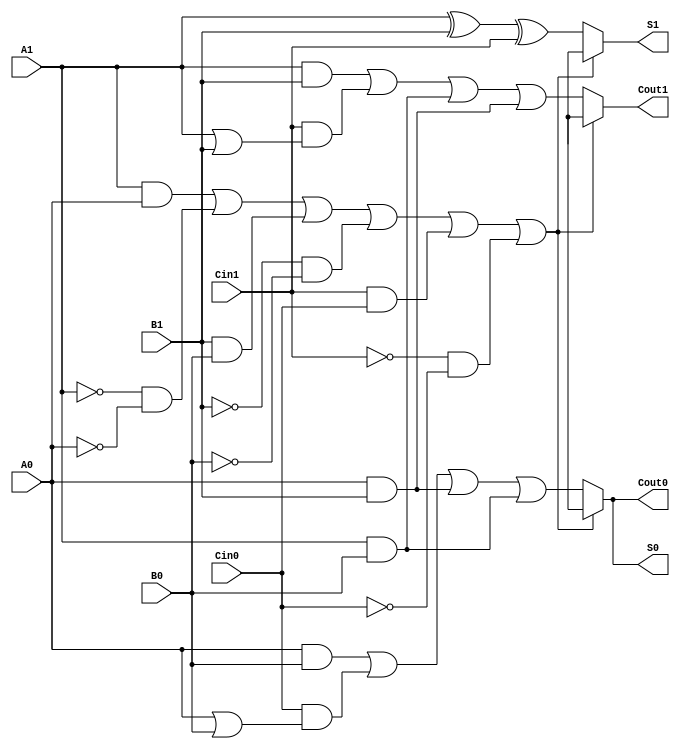
module dual_rail_full_adder (
    input  wire A1, A0,   // Dual-rail representation of input A
    input  wire B1, B0,   // Dual-rail representation of input B
    input  wire Cin1, Cin0,// Dual-rail representation of carry-in
    output reg  S1, S0,   // Dual-rail representation of sum output
    output reg  Cout1, Cout0 // Dual-rail representation of carry-out output
);
    
    always @(*) begin
        // Initialize outputs to invalid state (both wires low)
        S1 = 1'bx; S0 = 1'bx;
        Cout1 = 1'bx; Cout0 = 1'bx;

        // Check for invalid states in inputs
        if ((A1 && A0) || (!A1 && !A0) || (B1 && B0) || (!B1 && !B0) || (Cin1 && Cin0) || (!Cin1 && !Cin0)) begin
            // Invalid state detected, outputs remain in invalid state
            S1 = 1'bx; S0 = 1'bx;
            Cout1 = 1'bx; Cout0 = 1'bx;
        end else begin
            // Valid states: Compute the sum and carry-out based on the equations
            // Sum Output (S)
            S1 = A1 ^ B1 ^ Cin1; // S1 = A1 XOR B1 XOR Cin1
            S0 = (A0 & B0) | (Cin0 & (A0 | B0)) | (A0 & B1) | (A1 & B0); // S0 computation
            
            // Carry Output (Cout)
            Cout1 = (A1 & B1) | (Cin1 & (A1 | B1)) | (A1 & B0) | (A0 & B1); // Cout1 computation
            Cout0 = (A0 & B0) | (Cin0 & (A0 | B0)) | (A0 & B1) | (A1 & B0); // Cout0 computation
        end
    end

endmodule